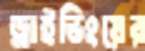
ড্রাইভিংয়ের